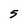
Character: 5